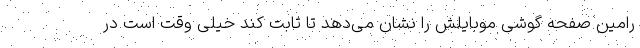
رامین صفحه گوشی موبایلش را نشان می‌دهد تا ثابت کند خیلی وقت است در